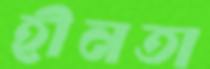
হীনতা